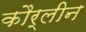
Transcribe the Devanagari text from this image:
कौर्लीन